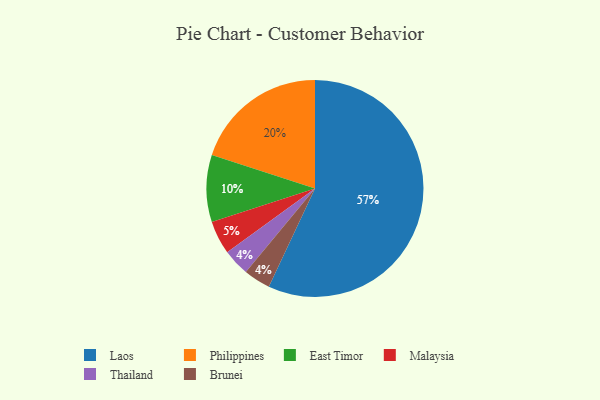
{"axis": {"x": "Category", "y": "Percentage"}, "legend": ["Brunei", "East Timor", "Laos", "Malaysia", "Philippines", "Thailand"], "data": [{"x": "Malaysia", "y": 5, "type": "Malaysia"}, {"x": "Thailand", "y": 4, "type": "Thailand"}, {"x": "Philippines", "y": 20, "type": "Philippines"}, {"x": "Brunei", "y": 4, "type": "Brunei"}, {"x": "East Timor", "y": 10, "type": "East Timor"}, {"x": "Laos", "y": 57, "type": "Laos"}]}